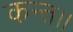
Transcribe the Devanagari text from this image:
कन्‍त।।